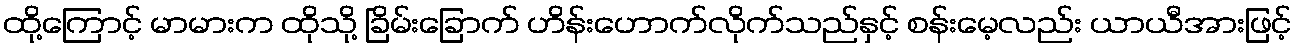
ထို့ကြောင့် မာမားက ထိုသို့ ခြိမ်းခြောက် ဟိန်းဟောက်လိုက်သည်နှင့် စန်းမေ့လည်း ယာယီအားဖြင့်